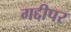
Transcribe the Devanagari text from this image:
गद्दीपर